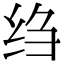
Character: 绉